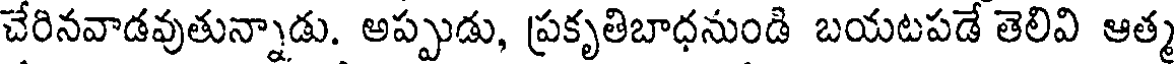
చేరినవాడవుతున్నాడు. అప్పుడు, ప్రకృతిబాధనుండి బయటపడే తెలివి ఆత్మ